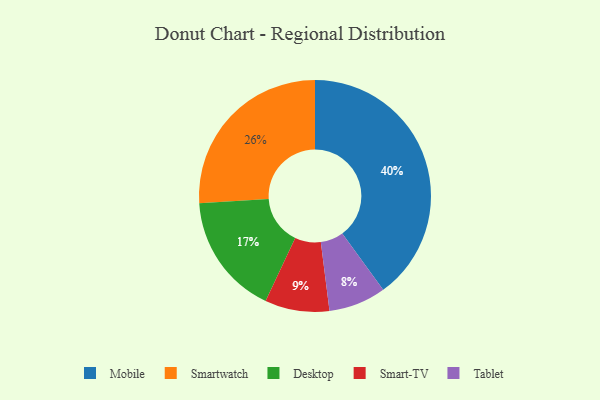
{"axis": {"x": "Category", "y": "Percentage"}, "legend": ["Desktop", "Mobile", "Smart-TV", "Smartwatch", "Tablet"], "data": [{"x": "Smartwatch", "y": 26, "type": "Smartwatch"}, {"x": "Smart-TV", "y": 9, "type": "Smart-TV"}, {"x": "Mobile", "y": 40, "type": "Mobile"}, {"x": "Desktop", "y": 17, "type": "Desktop"}, {"x": "Tablet", "y": 8, "type": "Tablet"}]}